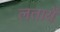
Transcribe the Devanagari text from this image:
लतायें